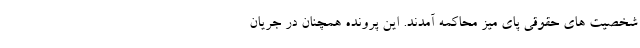
شخصیت های حقوقی پای میز محاکمه آمدند. این پرونده همچنان در جریان